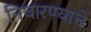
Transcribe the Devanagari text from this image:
निवारण्याचे